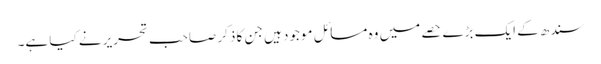
سندھ کے ایک بڑے حصے میں وہ مسائل موجود ہیں جن کا ذکر صاحب تحریر نے کیا ہے۔